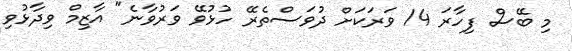
މި ބޭސް ފިހާރަ 14 ވަރަކަށް ދުވަސްތެރޭ ހުޅުވޭ ވަރުވާނެ" އާޒިމް ވިދާޅުވި